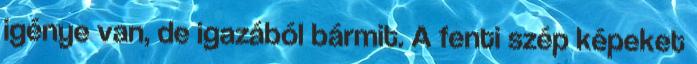
igénye van, de igazából bármit. A fenti szép képeket